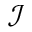
\mathcal { I }